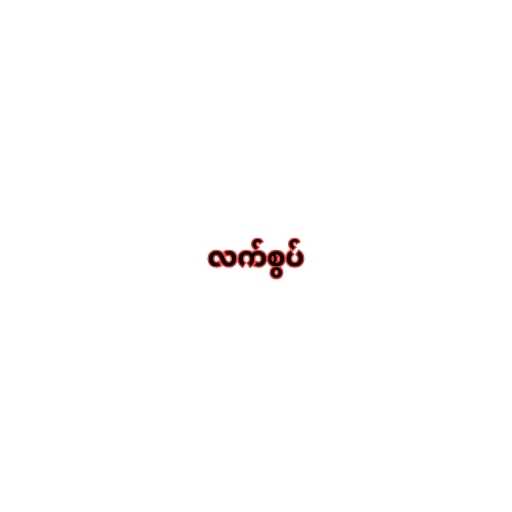
လက်စွပ်